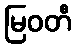
မြဝတီ